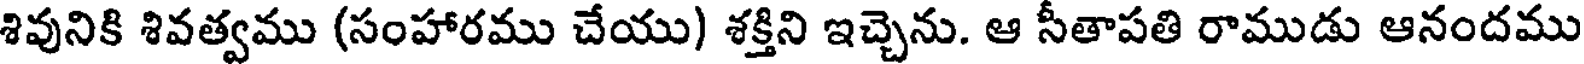
శివునికి శివత్వము (సంహారము చేయు) శక్తిని ఇచ్చెను. ఆ సీతాపతి రాముడు ఆనందము